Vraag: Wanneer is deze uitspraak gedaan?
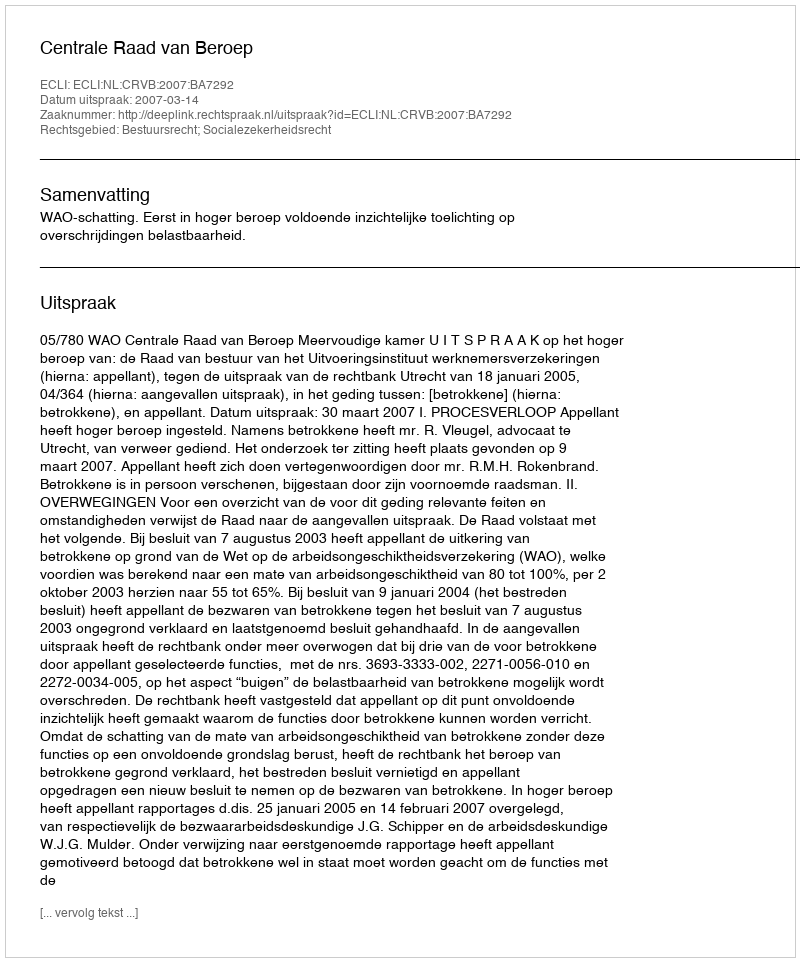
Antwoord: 2007-03-14